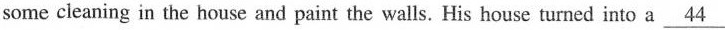
some cleaning in the house and paint the walls. His house turned into a \underline{44}